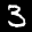
Label: 3